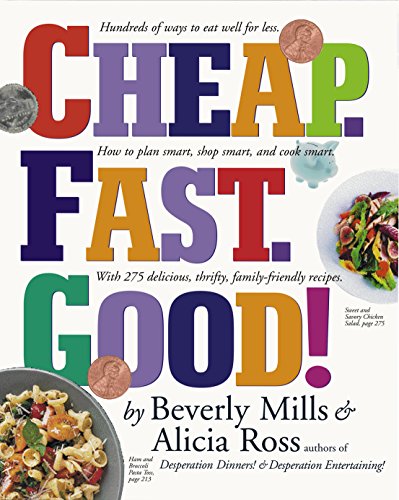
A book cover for Cheap. Fast. Good!; Beverly Mills; Cookbooks, Food & Wine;